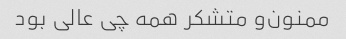
ممنون‌و متشکر همه چی عالی بود